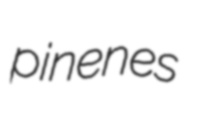
pinenes